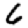
Digit: 6